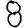
Digit: 8